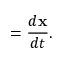
= { \frac { d \mathbf { x } } { d t } } .